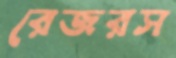
রেজরস